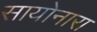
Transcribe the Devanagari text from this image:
सायोनारा